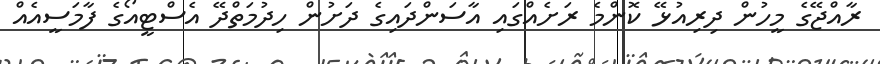
ރާއްޖޭގެ މީހުން ދިރިއުޅޭ ކޮންމެ ރަށެއްގައި އާސަންދައިގެ ދަށުން ހިދުމަތްދޭ އެސްޓީއޯގެ ފާމަސީއެއް